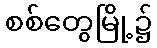
စစ်တွေမြို့၌